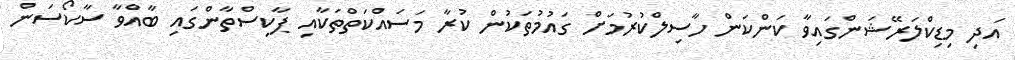
އަދި މިޑިކްލަރޭޝަންގައިވާ ކަންކަން ހާސިލްކުރުމަށް ގައުމުތަކުން ކުރާ މަސައްކަތްތަކާއި ޕާކިސްތާންގައި ބާއްވާ ސާކޯސަން